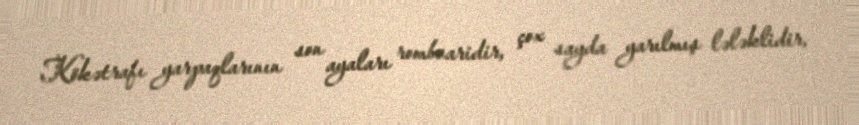
Kökətrafı yarpaqlarının son ayaları rombvaridir, çox sayda yarılmış lələklidir,